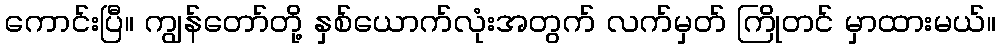
ကောင်းပြီ။ ကျွန်တော်တို့ နှစ်ယောက်လုံးအတွက် လက်မှတ် ကြိုတင် မှာထားမယ်။